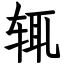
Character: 辄